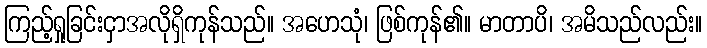
ကြည့်ရှုခြင်းငှာအလိုရှိကုန်သည်။ အဟေသုံ၊ ဖြစ်ကုန်၏။ မာတာပိ၊ အမိသည်လည်း။